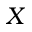
X